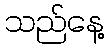
သည်နေ့